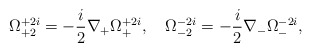
\begin{align*}\Omega^{+2i}_{+2}=-\frac{i}{2}\nabla_+\Omega^{+2i}_+,\quad\Omega^{-2i}_{-2}=-\frac{i}{2}\nabla_-\Omega^{-2i}_-,\end{align*}